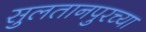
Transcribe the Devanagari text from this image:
सुलतानपुरच्या